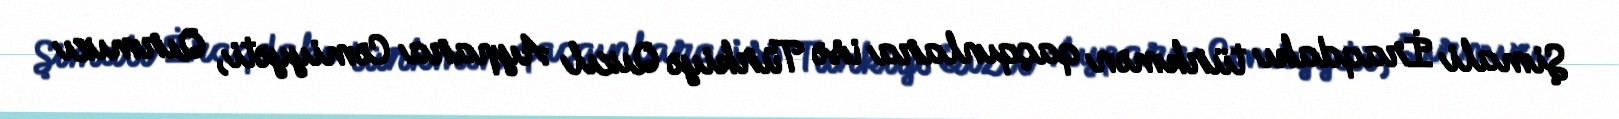
Şimali İraqdakı türkmən qaçqınlara isə Türkiyə Qızıl Aypara Cəmiyyəti, Qırmızı